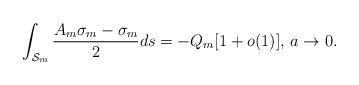
LaTeX: \begin{align*} \int_{\mathcal{S}_m}\frac{A_m\sigma_m -\sigma_m}{2}ds = - Q_m[1 + o(1)], \, a \rightarrow 0. \end{align*}